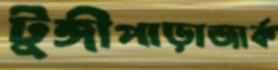
টুঙ্গীপাড়াজার্ক